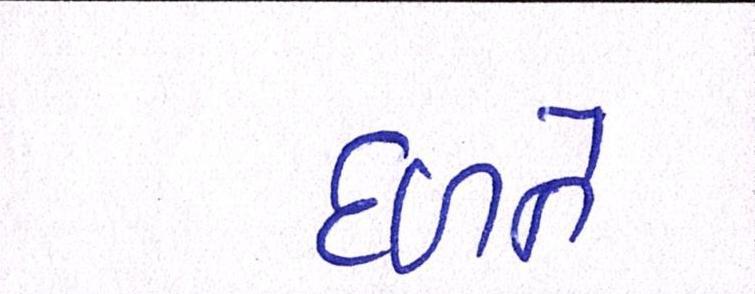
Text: દળને